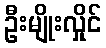
ဦးမျိုးလှိုင်